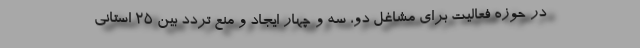
در حوزه فعالیت برای مشاغل دو، سه و چهار ایجاد و منع تردد بین ۲۵ استانی